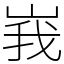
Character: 峩